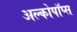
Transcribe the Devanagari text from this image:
अल्कोपॉप्स